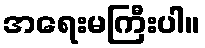
အရေးမကြီးပါ။